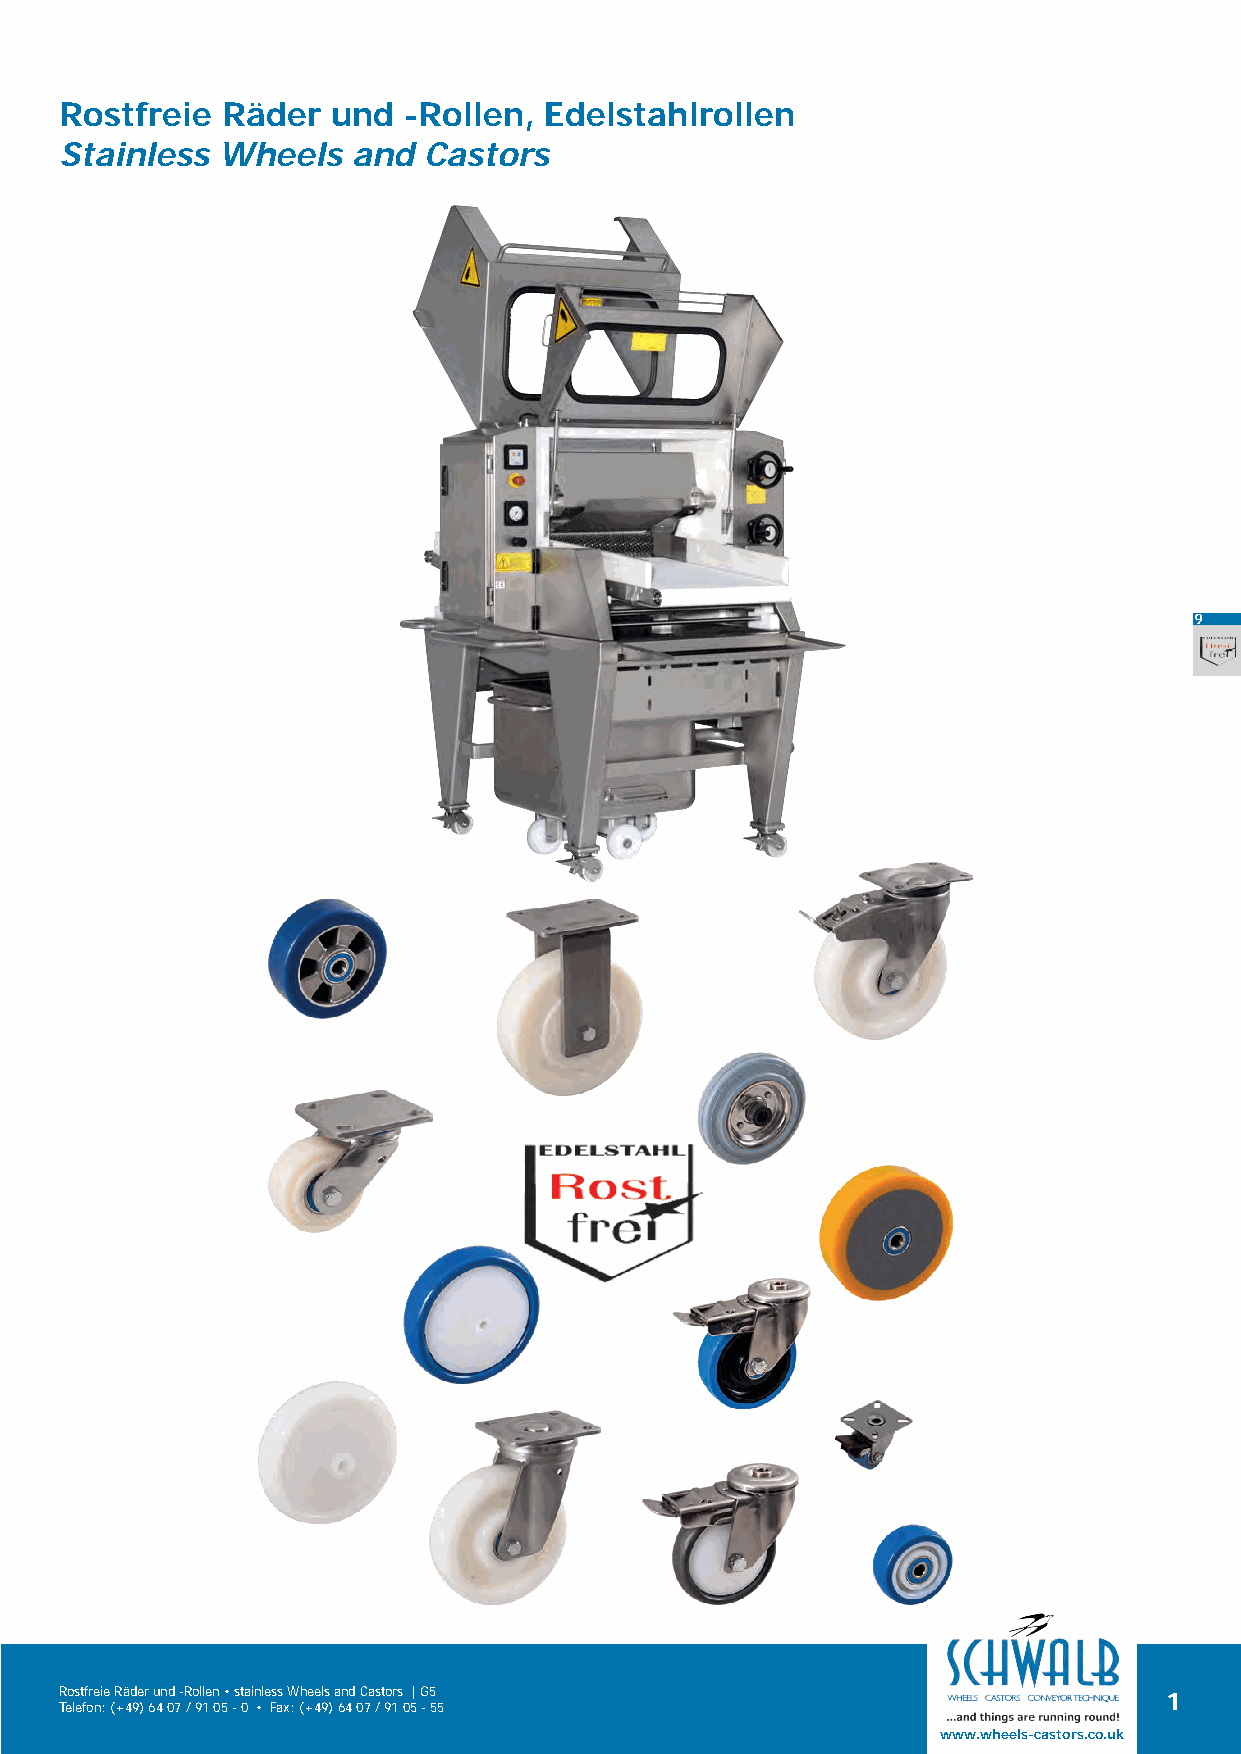
Rostfreie  Räder  und  -Rollen, Edelstahlrollen
 Stainless Wheels   and  Castors
 9
 Rostfreie Räder und -Rollen • stainless Wheels and Castors | G5          1
 Telefon: (+49) 64 07 / 91 05 - 0 • Fax: (+49) 64 07 / 91 05 - 55
 www.wheels-castors.co.uk